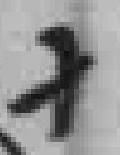
十